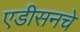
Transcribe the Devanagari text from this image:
एडीसनचे